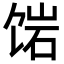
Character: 𬲿